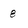
Character: 8